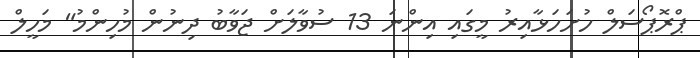
ޕްރޮޕޯސަލް ހުށަހަޅާއިރު މީގައި އިންނަ 13 ސުވާލަށް ޖަވާބު ދިނުން މުހިންމު" މަހީލް